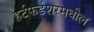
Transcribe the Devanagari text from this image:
हर्टफर्डशरमधील